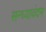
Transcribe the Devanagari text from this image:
सन्ध्यावंदन